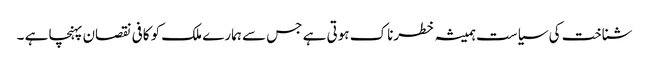
شناخت کی سیاست ہمیشہ خطرناک ہوتی ہے جس سے ہمارے ملک کو کافی نقصان پہنچا ہے ۔